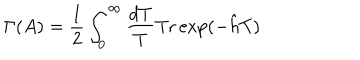
\Gamma ( A ) = \frac { 1 } { 2 } \int _ { 0 } ^ { \infty } \frac { d T } { T } \mathrm { T r } \exp ( - \hat { h } T )